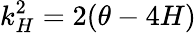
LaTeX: k_{H}^{2}=2(\theta-4H)